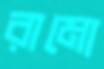
রামো